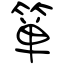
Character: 箪